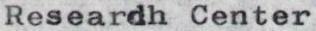
Researdh Center